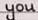
you